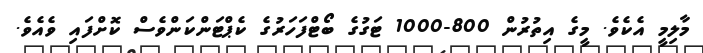
މާލިމީ އެކެވެ. މީގެ އިތުރުން 800-1000 ޓަގުގެ ބޯޓްފަހަރުގެ ކެޕްޓަންކަންވެސް ކޮށްފައި ވެއެވެ.